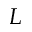
L